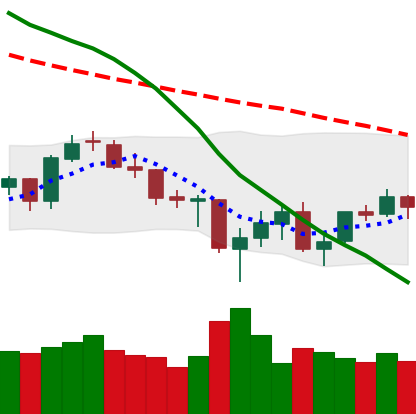
Ticker: BTC-USD
Chart end date: 2021-06-30
Forward return: -3.695%
Label: down_3_5